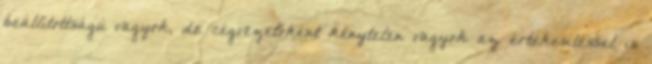
beállítottságú vagyok, de cégvezetőként kénytelen vagyok az értékesítéssel is